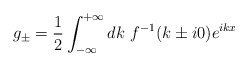
\begin{align*}g_{\pm}=\frac{1}{2}\int_{-\infty}^{+\infty} dk~ f^{-1}(k\pm i 0) e^{ikx}\end{align*}